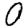
Digit: 0